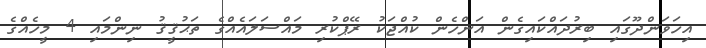
އިހަވަންދޫގައި ބިރުދައްކައިގެން އަންހެން ކުއްޖަކު ރޭޕްކުރި މައްސަލައެއްގެ ތަޙުޤީޤު ނިންމައި 4 މީހެއްގެ